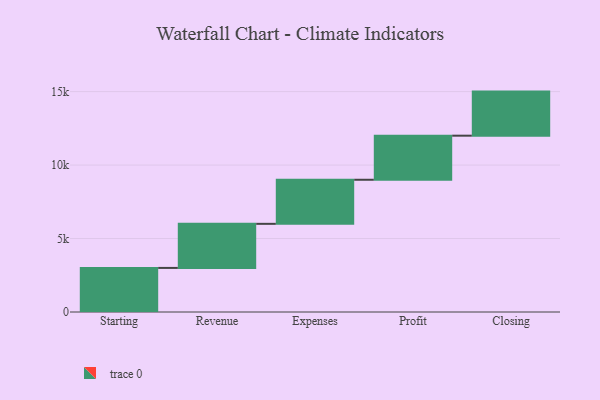
{"axis": {"x": "Step", "y": "Value"}, "legend": [""], "data": [{"x": "Starting", "y": 3000, "type": ""}, {"x": "Revenue", "y": 3000, "type": ""}, {"x": "Expenses", "y": 3000, "type": ""}, {"x": "Profit", "y": 3000, "type": ""}, {"x": "Closing", "y": 3000, "type": ""}]}